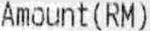
AMOUNT(RM)